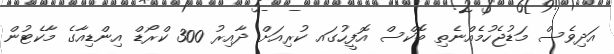
އަދިވެސް މަޑުޖެހުމެއްނެތި ބޮކްސް އޮފީހުގައ ކުރިއަށް ދާއިރު 300 ކްރޯޑް އިންޑިއާގެ މާކެޓުން